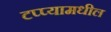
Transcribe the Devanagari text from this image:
टप्प्यामधील